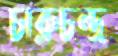
চারুচন্দ্র